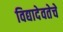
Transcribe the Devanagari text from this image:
विद्यादेवतेचे